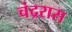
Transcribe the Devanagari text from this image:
चंद्ररास